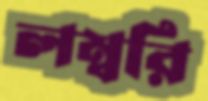
লম্বরি